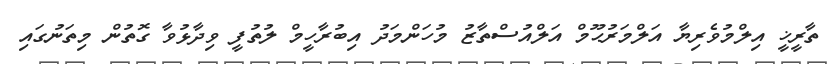
ތާރީޚީ އިލްމުވެރިޔާ އަލްމަރުޙޫމް އަލްއުސްތާޒު މުހަންމަދު އިބުރާހީމް ލުތުފީ ވިދާޅުވާ ގޮތުން މިތަނުގައި